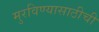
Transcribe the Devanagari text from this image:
मुरविण्यासाठीची